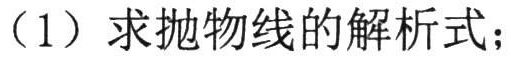
（1）求抛物线的解析式；